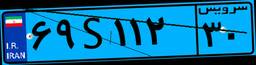
۱۲S۳۸۳۳۲